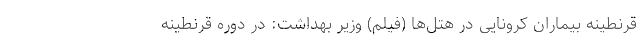
قرنطینه بیماران کرونایی در هتل‌ها (فیلم) وزیر بهداشت: در دوره قرنطینه